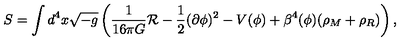
S = \int d ^ { 4 } x \sqrt { - g } \left( \frac { 1 } { 1 6 \pi G } { \cal R } - \frac { 1 } { 2 } ( \partial \phi ) ^ { 2 } - V ( \phi ) + \beta ^ { 4 } ( \phi ) ( \rho _ { M } + \rho _ { R } ) \right) ,